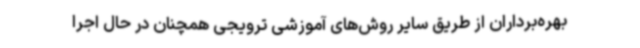
بهره‌برداران از طریق سایر روش‌های آموزشی ترویجی همچنان در حال اجرا